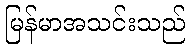
မြန်မာအသင်းသည်